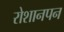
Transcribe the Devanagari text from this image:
रोशानपन